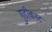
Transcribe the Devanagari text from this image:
गुडीकस्ट